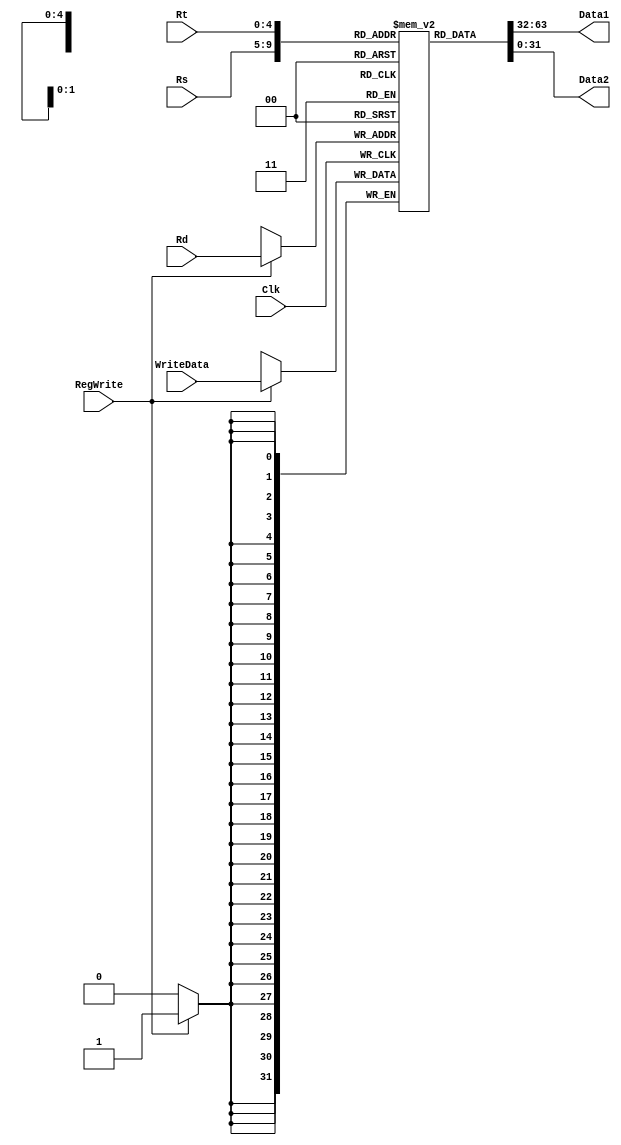
`timescale 1ns / 1ps
module Registers(input RegWrite, Clk, input [31:0] WriteData, input [4:0] Rs,Rt,Rd,
	output reg [31:0] Data1,Data2
    );

reg [31:0] registers[31:0];

integer i;

initial
begin
	Data1 = 0;
	Data2 = 0;
	for (i = 0; i < 32; i = i+1)
	begin
		registers[i] <= 0;
	end
end

always @(*)
begin
	Data1 <= registers[Rs];
	Data2 <= registers[Rt];
end

always @(posedge Clk)
begin
	if (RegWrite == 1)
	begin
		registers[Rd] <= WriteData;
	end
end

endmodule